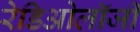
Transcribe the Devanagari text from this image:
रेडिओलॉजी